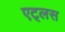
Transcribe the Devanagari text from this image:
एट्लस